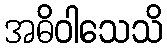
အဓိဝါသေသိ